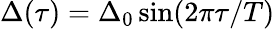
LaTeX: \Delta(\tau)=\Delta_{0}\sin(2\pi\tau/T)